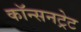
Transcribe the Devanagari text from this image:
कॉन्सनट्रेट